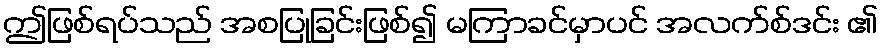
ဤဖြစ်ရပ်သည် အစပြုခြင်းဖြစ်၍ မကြာခင်မှာပင် အလက်စ်ဒင်း ၏